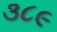
૩૮૯